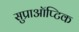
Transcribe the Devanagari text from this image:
सुप्राऑप्टिक